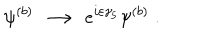
\psi ^ { ( b ) } \; \longrightarrow \; e ^ { i \varepsilon \gamma _ { 5 } } \psi ^ { ( b ) } \; .